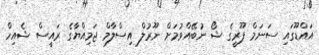
އައްޑޫގައި ސަނަމް ޕޫރީގެ ޝޯ ނުބޭއްވުމަށް ނޫރުލް އިސްލާމް ޖަމިއްޔާގެ ރައީސް ޝެއިހް